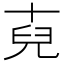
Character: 𮰏